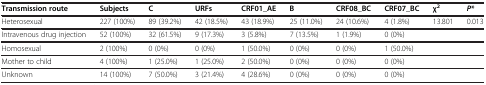
<table><thead><tr><td><b>Transmission route</b></td><td><b>Subjects</b></td><td><b>C</b></td><td><b>URFs</b></td><td><b>CRF01_AE</b></td><td><b>B</b></td><td><b>CRF08_BC</b></td><td><b>CRF07_BC</b></td><td><b>χ<sup>2</sup></b></td><td><b><i>P</i>*</b></td></tr></thead><tbody><tr><td>Heterosexual</td><td>227 (100%)</td><td>89 (39.2%)</td><td>42 (18.5%)</td><td>43 (18.9%)</td><td>25 (11.0%)</td><td>24 (10.6%)</td><td>4 (1.8%)</td><td>13.801</td><td>0.013</td></tr><tr><td>Intravenous drug injection</td><td>52 (100%)</td><td>32 (61.5%)</td><td>9 (17.3%)</td><td>3 (5.8%)</td><td>7 (13.5%)</td><td>1 (1.9%)</td><td>0 (0%)</td><td> </td><td> </td></tr><tr><td>Homosexual</td><td>2 (100%)</td><td>0 (0%)</td><td>0 (0%)</td><td>1 (50.0%)</td><td>0 (0%)</td><td>0 (0%)</td><td>1 (50.0%)</td><td> </td><td> </td></tr><tr><td>Mother to child</td><td>4 (100%)</td><td>1 (25.0%)</td><td>1 (25.0%)</td><td>2 (50.0%)</td><td>0 (0%)</td><td>0 (0%)</td><td>0 (0%)</td><td> </td><td> </td></tr><tr><td>Unknown</td><td>14 (100%)</td><td>7 (50.0%)</td><td>3 (21.4%)</td><td>4 (28.6%)</td><td>0 (0%)</td><td>0 (0%)</td><td>0 (0%)</td><td> </td><td> </td></tr></tbody></table>